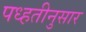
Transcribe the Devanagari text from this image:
पध्हतीनुसार